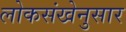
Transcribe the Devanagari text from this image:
लोकसंखेनुसार